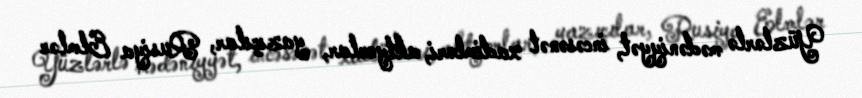
Yüzlərlə mədəniyyət, incəsənət xadimləri, aktyorlar, yazıçılar, Rusiya Elmlər